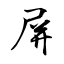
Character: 屏